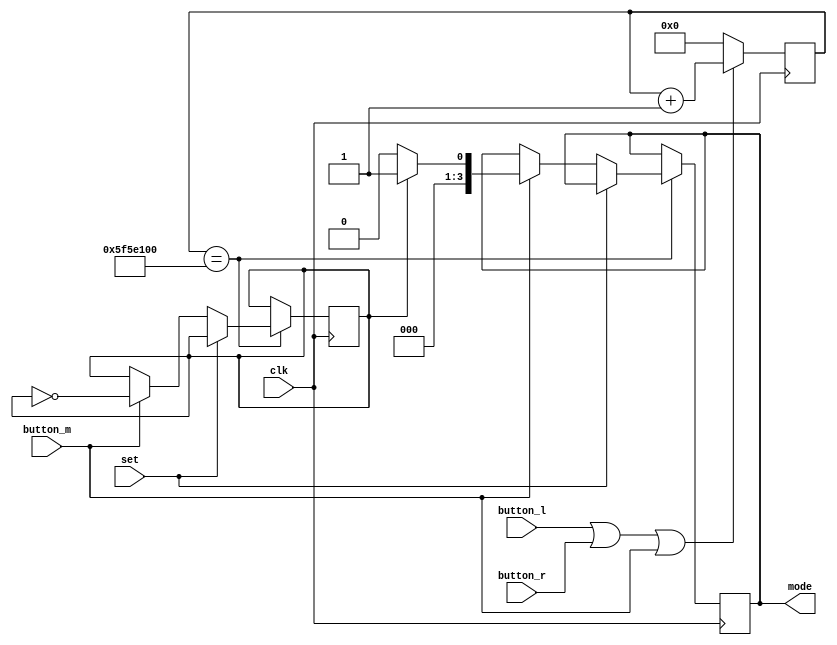
`timescale 1ns/1ps
module mode_sel (clk, button_l, button_r, button_m, mode, set);

input clk;
input button_l, button_m, button_r;
input set;

output reg[3:0]mode = 1;

reg [31:0] timer = 0;

reg change = 0;

always @(posedge clk) begin
    
    if(button_l == 1 || button_r == 1 || button_m == 1)
        timer <= timer + 1;
    else begin
        timer <= 0;
        
    end
        

    if(timer == 2500000)begin

        if(mode != 0 && set == 0)begin
            if(button_l == 1)begin
            if(mode <= 1)
                mode <= 7;
            else
                 mode <= mode - 1;
        end

        if(button_r == 1)begin
            if(mode >= 7)
                mode <= 1;
            else
                 mode <= mode + 1;
        end
        end
        
            

    end

    if(timer == 100000000) begin
        if(set != 1) begin
        if(button_m == 1)begin
            
            if(change == 0)begin
                mode = 0;
                change = ~change;
            end
                
            else begin
                mode = 1;
                change = ~change;
            end
                 
            
        end
        end
    end


end
    
endmodule